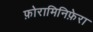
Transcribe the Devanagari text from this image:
फ़ोरामिनिफ़ेरा